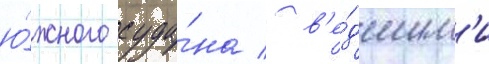
ю́жного суда́на / в'е́дшим'и